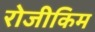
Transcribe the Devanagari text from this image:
रोजीकिम